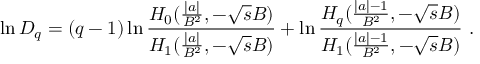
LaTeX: \ln D _ { q } = ( q - 1 ) \ln { \frac { H _ { 0 } ( { \frac { \mid a \mid } { B ^ { 2 } } } , - \sqrt { s } B ) } { H _ { 1 } ( { \frac { \mid a \mid } { B ^ { 2 } } } , - \sqrt { s } B ) } } + \ln { \frac { H _ { q } ( { \frac { \mid a \mid - 1 } { B ^ { 2 } } } , - \sqrt { s } B ) } { H _ { 1 } ( { \frac { \mid a \mid - 1 } { B ^ { 2 } } } , - \sqrt { s } B ) } } \ .